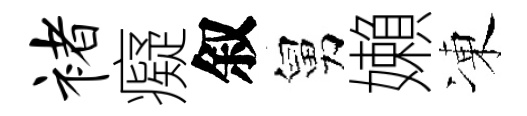
褚癡叙舅嬾凍